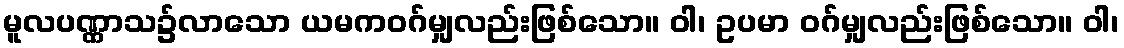
မူလပဏ္ဏာသ၌လာသော ယမကဝဂ်မျှလည်းဖြစ်သော။ ဝါ၊ ဥပမာ ဝဂ်မျှလည်းဖြစ်သော။ ဝါ၊